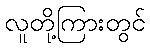
လူတို့ကြားတွင်